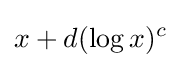
x+d(\log x)^{c}